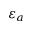
\varepsilon _ { a }